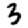
Digit: 3